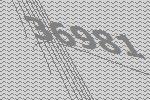
36981